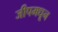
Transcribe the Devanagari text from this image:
जीपमधून